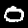
Label: 0